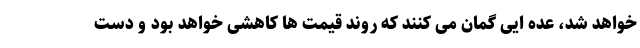
خواهد شد، عده ایی گمان می کنند که روند قیمت ها کاهشی خواهد بود و دست